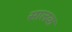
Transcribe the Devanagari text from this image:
सालक